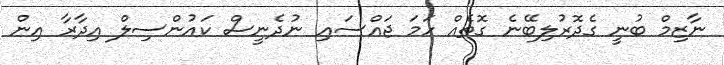
ނާޒިމް ބުނީ ގެދޮރުލިބޭނެ ގޮތެއް ހަމަ ޖައްސައި ނުދެނީސް ކައުންސިލް އިދާރާ އިން